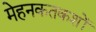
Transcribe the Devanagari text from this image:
मेहनकतकशों